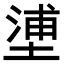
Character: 𡏋